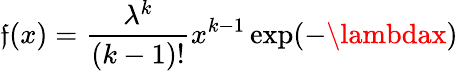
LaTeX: \mathfrak{f}(x)={\frac{{\lambda^{k}}}{{(k-1)!}}}x^{k-1}\exp(-\lambdax)